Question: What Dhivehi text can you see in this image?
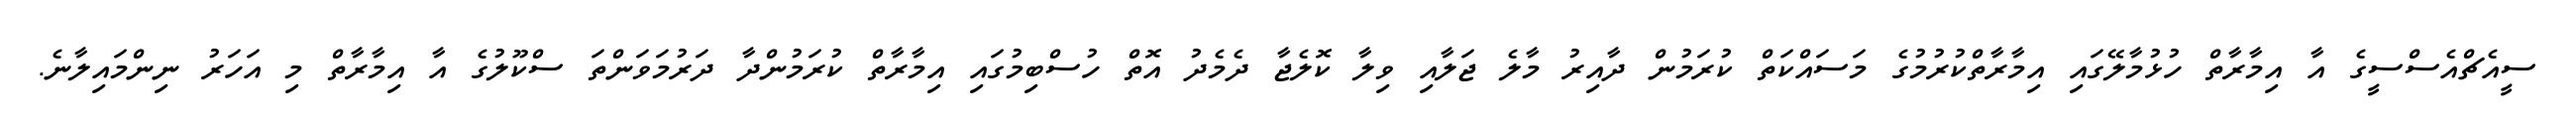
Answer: ސީއެޗްއެސްސީގެ އާ އިމާރާތް ހުޅުމާލޭގައި އިމާރާތްކުރުމުގެ މަސައްކަތް ކުރަމުން ދާއިރު މާލެ ޖަލާއި ވިލާ ކޮލެޖާ ދެމެދު އޮތް ހުސްބިމުގައި އިމާރާތް ކުރަމުންދާ ދަރުމަވަންތަ ސްކޫލުގެ އާ އިމާރާތް މި އަހަރު ނިންމައިލާނެ.